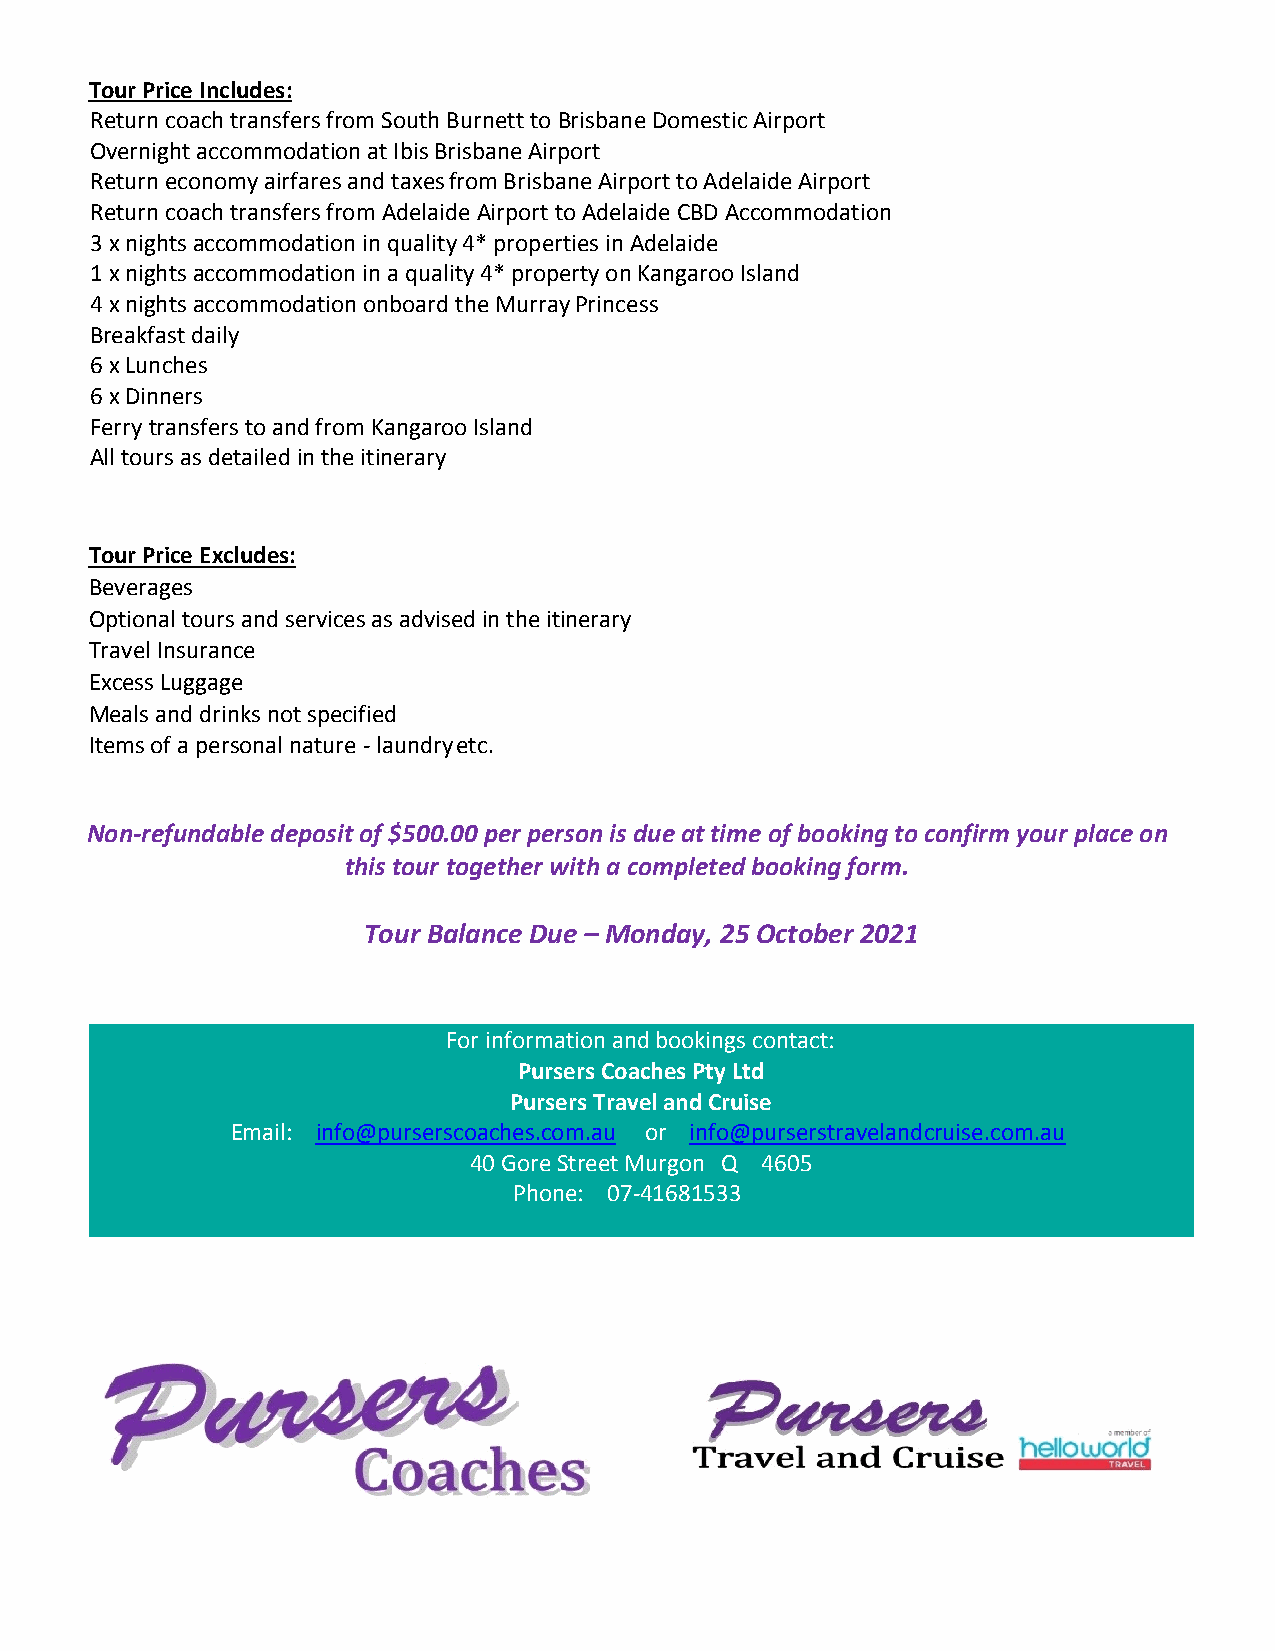
Tour Price Includes:
 Return coach transfers from South Burnett to Brisbane Domestic Airport
 Overnight accommodation at Ibis Brisbane Airport
 Return economy airfares and taxes from Brisbane Airport to Adelaide Airport
 Return coach transfers from Adelaide Airport to Adelaide CBD Accommodation
 3 x nights accommodation in quality 4* properties in Adelaide
 1 x nights accommodation in a quality 4* property on Kangaroo Island
 4 x nights accommodation onboard the Murray Princess
 Breakfast daily
 6 x Lunches
 6 x Dinners
 Ferry transfers to and from Kangaroo Island
 All tours as detailed in the itinerary
 Tour Price Excludes:
 Beverages
 Optional tours and services as advised in the itinerary
 Travel Insurance
 Excess Luggage
 Meals and drinks not specified
 Items of a personal nature - laundry etc.
 Non-refundable deposit of $500.00 per person is due at time of booking to confirm your place on
 this tour together with a completed booking form.
 Tour Balance Due – Monday, 25 October 2021
 For information and bookings contact:
 Pursers Coaches Pty Ltd
 Pursers Travel and Cruise
 Email: info@purserscoaches.com.au or info@purserstravelandcruise.com.au
 40 Gore Street Murgon Q 4605
 Phone: 07-41681533